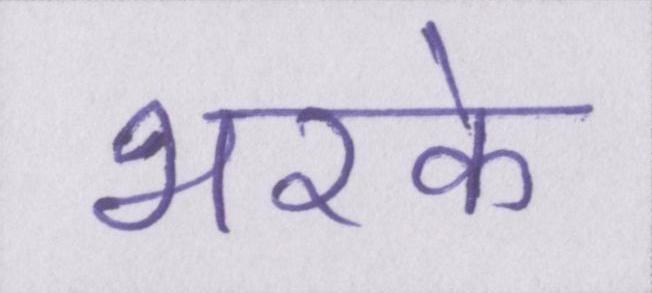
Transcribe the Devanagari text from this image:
भरके